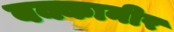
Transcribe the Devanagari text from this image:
बक्कानीर